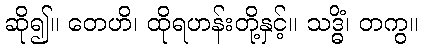
ဆို၍။ တေဟိ၊ ထိုရဟန်းတို့နှင့်။ သဒ္ဓိံ၊ တကွ။